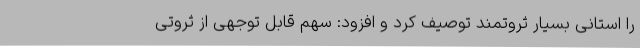
را استانی بسیار ثروتمند توصیف کرد و افزود: سهم قابل توجهی از ثروتی